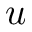
u